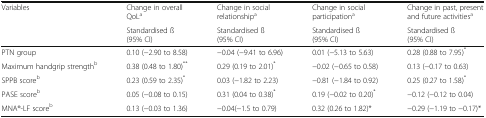
<table><thead><tr><td><b>Variables</b></td><td><b>Change in overallQoL<sup>a</sup></b></td><td><b>Change in socialrelationship<sup>a</sup></b></td><td><b>Change in socialparticipation<sup>a</sup></b></td><td><b>Change in past, present and future activities<sup>a</sup></b></td></tr><tr><td></td><td><b>Standardised ß(95% CI)</b></td><td><b>Standardised ß(95% CI)</b></td><td><b>Standardised ß(95% CI)</b></td><td><b>Standardised ß(95% CI)</b></td></tr></thead><tbody><tr><td>PTN group</td><td>0.10 (−2.90 to 8.58)</td><td>−0.04 (−9.41 to 6.96)</td><td>0.01 (−5.13 to 5.63)</td><td>0.28 (0.88 to 7.95)<sup>*</sup></td></tr><tr><td>Maximum handgrip strength<sup>b</sup></td><td>0.38 (0.48 to 1.80)<sup>**</sup></td><td>0.29 (0.19 to 2.01)<sup>*</sup></td><td>−0.02 (−0.65 to 0.58)</td><td>0.13 (−0.17 to 0.63)</td></tr><tr><td>SPPB score<sup>b</sup></td><td>0.23 (0.59 to 2.35)<sup>*</sup></td><td>0.03 (−1.82 to 2.23)</td><td>−0.81 (−1.84 to 0.92)</td><td>0.25 (0.27 to 1.58)<sup>*</sup></td></tr><tr><td>PASE score<sup>b</sup></td><td>0.05 (−0.08 to 0.15)</td><td>0.31 (0.04 to 0.38)<sup>*</sup></td><td>0.19 (−0.02 to 0.20)<sup>*</sup></td><td>−0.12 (−0.12 to 0.04)</td></tr><tr><td>MNA®-LF score<sup>b</sup></td><td>0.13 (−0.03 to 1.36)</td><td>−0.04(−1.5 to 0.79)</td><td>0.32 (0.26 to 1.82)*</td><td>−0.29 (−1.19 to −0.17)*</td></tr></tbody></table>